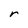
Character: r